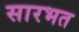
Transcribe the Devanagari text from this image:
सारभत